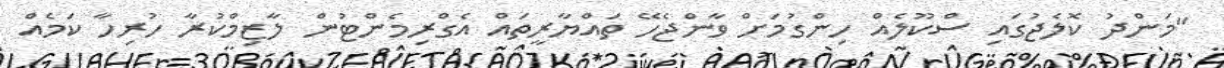
"މަންދު ކޮލެޖުގައި ސްކޫލެއް ހިންގުމަށް ވާންޖެހޭ ތައްޔާރީތައް އެގްރިމެންޓުން ލާޒިމްކުރާ ހުރިހާ ކަމެއް